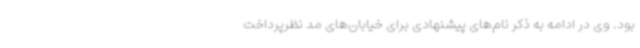
بود. وی در ادامه به ذکر نام‌های پیشنهادی برای خیابان‌های مد نظرپرداخت